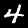
Digit: 4